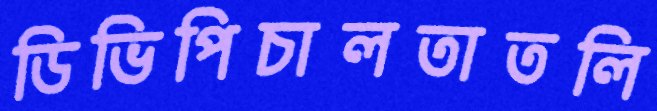
ডিভিপিচালতাতলি